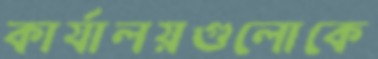
কার্যালয়গুলোকে